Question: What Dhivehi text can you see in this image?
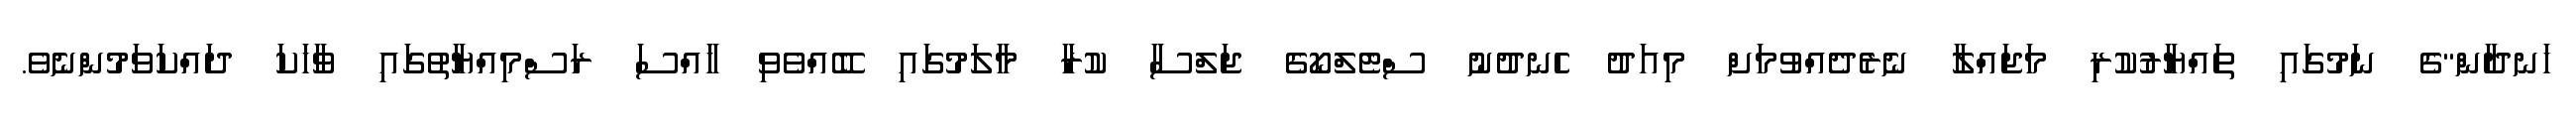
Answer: ހަނދާން"ގެ ނަމުގައި ތައްޔާރުކުރި މަޖައްލާ ނެރެދެއްވުމަށް މިއަދު ހެނދުނު ސްޓެލްކޯގެ ޖަލްސާ ކުރާ މާލަމުގައި ބޭއްވެވި ހާއްސަ ރަސްމިއްޔާތުގައި ވާހަކަ ދައްކަވަމުންނެވެ.